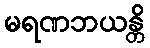
မရဏဘယန္တိ